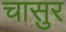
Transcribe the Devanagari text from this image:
चासुर